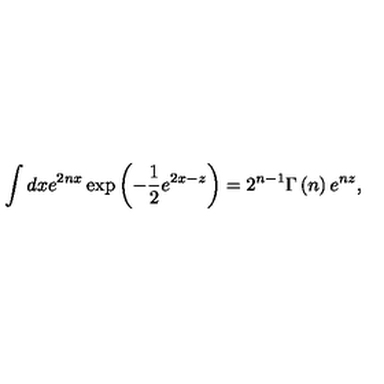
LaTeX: \int d x e ^ { 2 n x } \exp \left( - \frac { 1 } { 2 } e ^ { 2 x - z } \right) = 2 ^ { n - 1 } \Gamma \left( n \right) e ^ { n z } ,